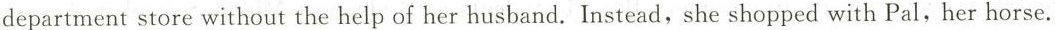
department store without the help of her husband. Instead,she shopped with Pal, her horse.